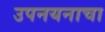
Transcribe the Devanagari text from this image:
उपनयनाचा